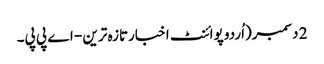
2 دسمبر(اُردو پوائنٹ اخبارتازہ ترین - اے پی پی۔